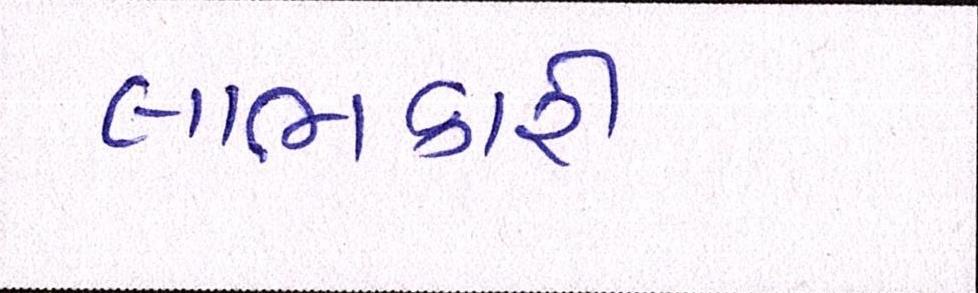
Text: લાભકારી